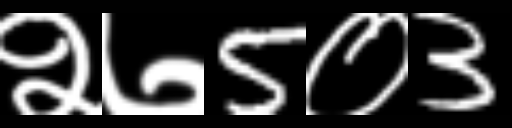
Text: २७5०3